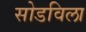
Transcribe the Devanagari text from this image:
सोडविला